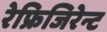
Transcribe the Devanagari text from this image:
रेफ्रिजिरेन्ट